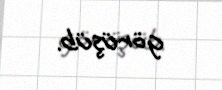
görüşüb.